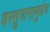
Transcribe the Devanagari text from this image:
वस्तुमानामुळेच